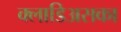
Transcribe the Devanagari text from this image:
क्लाडिअसका